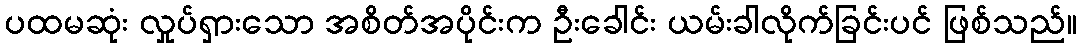
ပထမဆုံး လှုပ်ရှားသော အစိတ်အပိုင်းက ဦးခေါင်း ယမ်းခါလိုက်ခြင်းပင် ဖြစ်သည်။